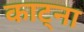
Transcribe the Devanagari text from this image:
काट्ना